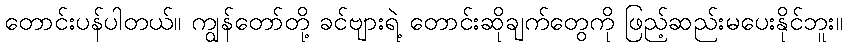
တောင်းပန်ပါတယ်။ ကျွန်တော်တို့ ခင်ဗျားရဲ့ တောင်းဆိုချက်တွေကို ဖြည့်ဆည်းမပေးနိုင်ဘူး။